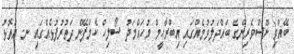
ބޭއްވި ނޫސްވެރިންގެ ބައްދަލުވުމެއްގައި އިބްރާހީމް މުހައްމަދު ސޯލިހް ކެމްޕޭން ދަތުރުފުޅެއްގައި ނ. އަތޮޅު